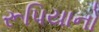
રૂપિયાનો